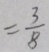
= \frac { 3 } { 8 }